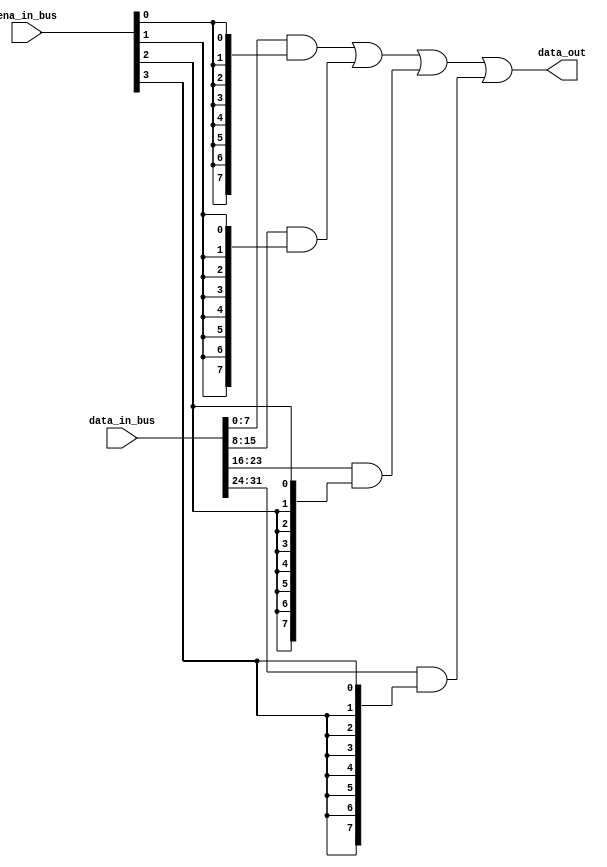
module muxer_unitary #(
  parameter WIDTH = 8,
  parameter NUM = 4
)(
  input [NUM*WIDTH-1:0] data_in_bus,
  input [NUM-1:0] ena_in_bus,
  output [WIDTH-1:0] data_out
);

// vars
genvar i;
wire [WIDTH-1:0] data_packed [NUM-1:0];
wire [WIDTH-1:0] data_anded [NUM-1:0];  // or strobed
wire [WIDTH-1:0] data_ored [NUM-1:0];

// assigns
assign data_ored[0] = data_anded[0];
assign data_out = data_ored[NUM-1];


// main logic
generate for (i = 0; i < NUM; i = i + 1)
  begin: packing_anding
  assign data_packed[i] = data_in_bus[i*WIDTH+:WIDTH];
  assign data_anded[i] = data_packed[i] & {WIDTH{ena_in_bus[i]}};
  end
endgenerate



generate for (i = 1; i < NUM; i = i + 1)
  begin: oring
    assign data_ored[i] = data_ored[i-1] | data_anded[i];
  end
endgenerate



endmodule